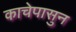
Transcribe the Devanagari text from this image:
काचेपासुन